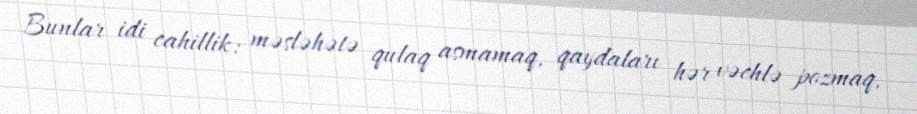
Bunlar idi cahillik: məsləhətə qulaq asmamaq, qaydaları hər vəchlə pozmaq,